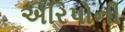
એરિપોની